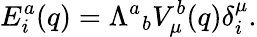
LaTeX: E_{i}^{a}(q)={\Lambda^{a}}_{b}V_{\mu}^{b}(q)\delta_{i}^{\mu}.